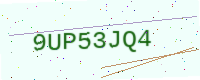
Text: 9UP53JQ4